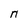
Character: n